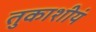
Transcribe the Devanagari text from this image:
तुकाशीयं